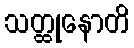
သတ္ထုနောတိ